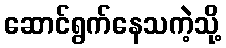
ဆောင်ရွက်နေသကဲ့သို့